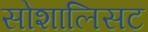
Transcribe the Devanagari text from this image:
सोशालिसट